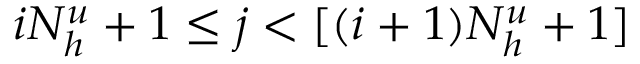
i N _ { h } ^ { u } + 1 \le j < [ ( i + 1 ) N _ { h } ^ { u } + 1 ]